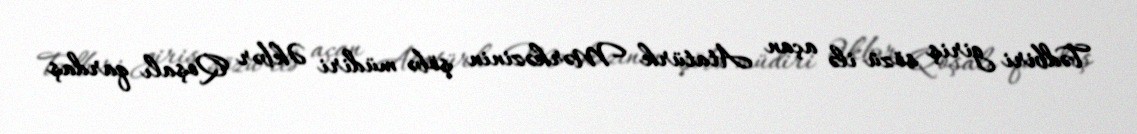
Tədbiri giriş sözü ilə açan Atatürk Mərkəzinin şöbə müdiri Əkbər Qoşalı qardaş